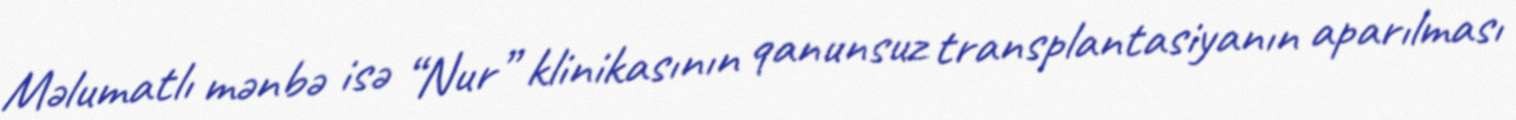
Məlumatlı mənbə isə “Nur” klinikasının qanunsuz transplantasiyanın aparılması